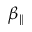
\beta _ { \| }